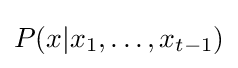
P(x|x_{1},\dots ,x_{t-1})